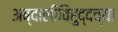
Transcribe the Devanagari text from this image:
अब्दालीविरुद्दच्या